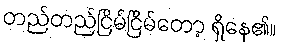
တည်တည်ငြိမ်ငြိမ်တော့ ရှိနေ၏။